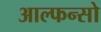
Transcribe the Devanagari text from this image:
आल्फन्सो